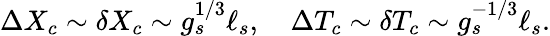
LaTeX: \Delta X_{c}\sim\delta X_{c}\sim g_{s}^{1/3}\ell_{s},\quad\Delta T_{c}\sim\delta T_{c}\sim g_{s}^{-1/3}\ell_{s}.